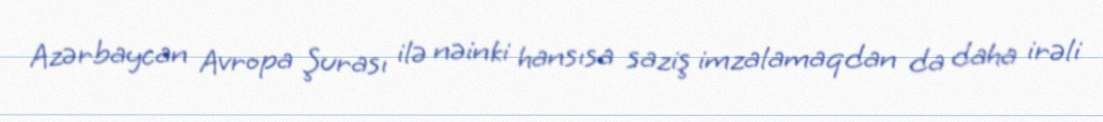
Azərbaycan Avropa Şurası ilə nəinki hansısa saziş imzalamaqdan da daha irəli